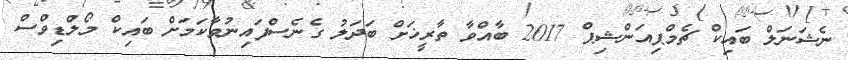
ނެޝަނަލް ބައިކް ޗެމްޕިއަންޝިޕް 2017 ބާއްވާ ތާރީޚަށް ބަދަލު ގެނެސްފައިނުވާކަމަށް ބައިކް މޯލްޑިވްސް